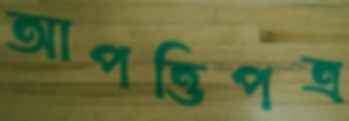
আপত্তিপত্র